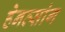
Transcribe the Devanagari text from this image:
हेनत्सांग